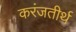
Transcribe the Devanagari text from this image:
करंजतीर्थ